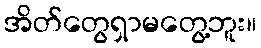
အိတ်တွေရှာမတွေ့ဘူး။